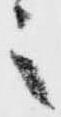
之